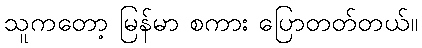
သူကတော့ မြန်မာ စကား ပြောတတ်တယ်။